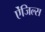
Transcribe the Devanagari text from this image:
ऐंजिल्‍स